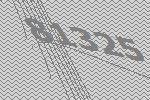
81325